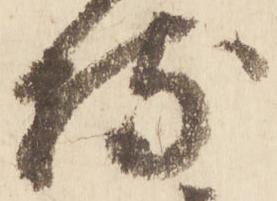
持